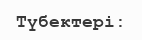
Түбектері: